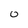
Character: 0